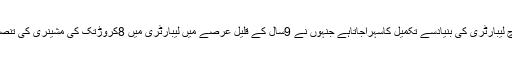
ان کوازسرنومیٹریل ریسرچ لیبارٹری کی بنیادسے تکمیل کاسہراجاتاہے جنہوں نے 9سال کے قلیل عرصے میں لیبارٹری میں 8کروڑتک کی مشینری کی تنصیب میں کلیدی کرداراداکیا۔